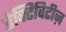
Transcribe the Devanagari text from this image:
ऐक्टिविटीज़